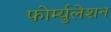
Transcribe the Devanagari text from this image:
फोर्म्युलेशन